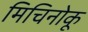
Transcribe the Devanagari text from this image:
मिचिनोकू